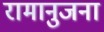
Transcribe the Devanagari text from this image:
रामानुजना